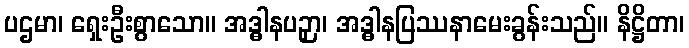
ပဌမာ၊ ရှေးဦးစွာသော။ အဒ္ဓါနပဉှာ၊ အဒ္ဓါနပြဿနာမေးခွန်းသည်။ နိဋ္ဌိတာ၊